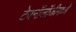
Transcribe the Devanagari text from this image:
टेक्‍नॉलॉजीमध्ये